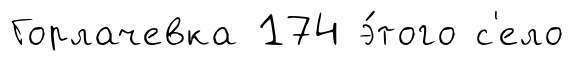
Горлачевка 174 э́того с'ело